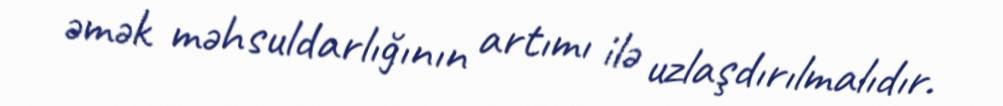
əmək məhsuldarlığının artımı ilə uzlaşdırılmalıdır.